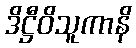
ဒိဋ္ဌီဝိသူကာနိ